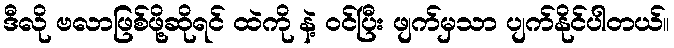
ဒီလို ဗလာဖြစ်ဖို့ဆိုရင် ထဲကို နဲ့ ဝင်ပြီး ဖျက်မှသာ ပျက်နိုင်ပါတယ်။